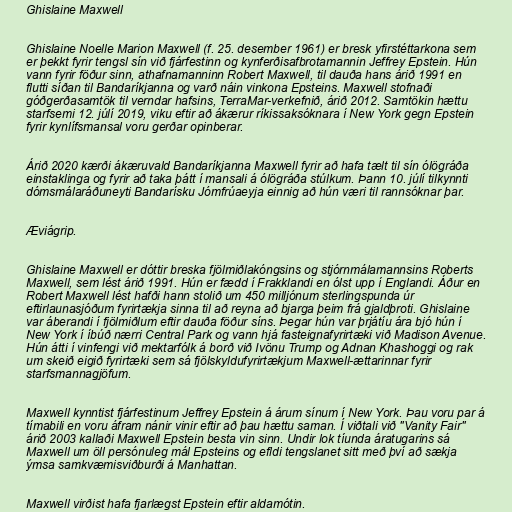
Ghislaine Maxwell

Ghislaine Noelle Marion Maxwell (f. 25. desember 1961) er bresk yfirstéttarkona sem
er þekkt fyrir tengsl sín við fjárfestinn og kynferðisafbrotamannin Jeffrey Epstein. Hún
vann fyrir föður sinn, athafnamanninn Robert Maxwell, til dauða hans árið 1991 en
flutti síðan til Bandaríkjanna og varð náin vinkona Epsteins. Maxwell stofnaði
góðgerðasamtök til verndar hafsins, TerraMar-verk­efnið, árið 2012. Samtökin hættu
starfsemi 12. júlí 2019, viku eftir að ákærur ríkissaksóknara í New York gegn Epstein
fyrir kynlífsmansal voru gerðar opinberar.

Árið 2020 kærði ákæruvald Bandaríkjanna Maxwell fyrir að hafa tælt til sín ólögráða
einstaklinga og fyrir að taka þátt í mansali á ólögráða stúlkum. Þann 10. júlí tilkynnti
dómsmálaráðuneyti Bandarísku Jómfrúaeyja einnig að hún væri til rannsóknar þar.

Æviágrip.

Ghislaine Maxwell er dóttir breska fjölmiðlakóngsins og stjórnmálamannsins Roberts
Maxwell, sem lést árið 1991. Hún er fædd í Frakklandi en ólst upp í Englandi. Áður en
Robert Maxwell lést hafði hann stolið um 450 milljónum sterlingspunda úr
eftirlaunasjóðum fyrirtækja sinna til að reyna að bjarga þeim frá gjaldþroti. Ghislaine
var áberandi í fjölmiðlum eftir dauða föður síns. Þegar hún var þrjátíu ára bjó hún í
New York í íbúð nærri Central Park og vann hjá fasteignafyrirtæki við Madison Avenue.
Hún átti í vinfengi við mektarfólk á borð við Ivönu Trump og Adnan Khashoggi og rak
um skeið eigið fyrirtæki sem sá fjölskyldufyrirtækjum Maxwell-ættarinnar fyrir
starfsmannagjöfum.

Maxwell kynntist fjárfestinum Jeffrey Epstein á árum sínum í New York. Þau voru par á
tímabili en voru áfram nánir vinir eftir að þau hættu saman. Í viðtali við "Vanity Fair"
árið 2003 kallaði Maxwell Epstein besta vin sinn. Undir lok tíunda áratugarins sá
Maxwell um öll persónuleg mál Epsteins og efldi tengslanet sitt með því að sækja
ýmsa samkvæmisviðburði á Manhattan.

Maxwell virðist hafa fjarlægst Epstein eftir aldamótin.